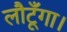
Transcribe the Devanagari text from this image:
लौटूँगा।